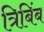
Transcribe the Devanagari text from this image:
त्रिबिंब